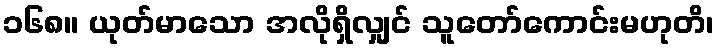
၁၆၈။ ယုတ်မာသော အလိုရှိလျှင် သူတော်ကောင်းမဟုတိ၊